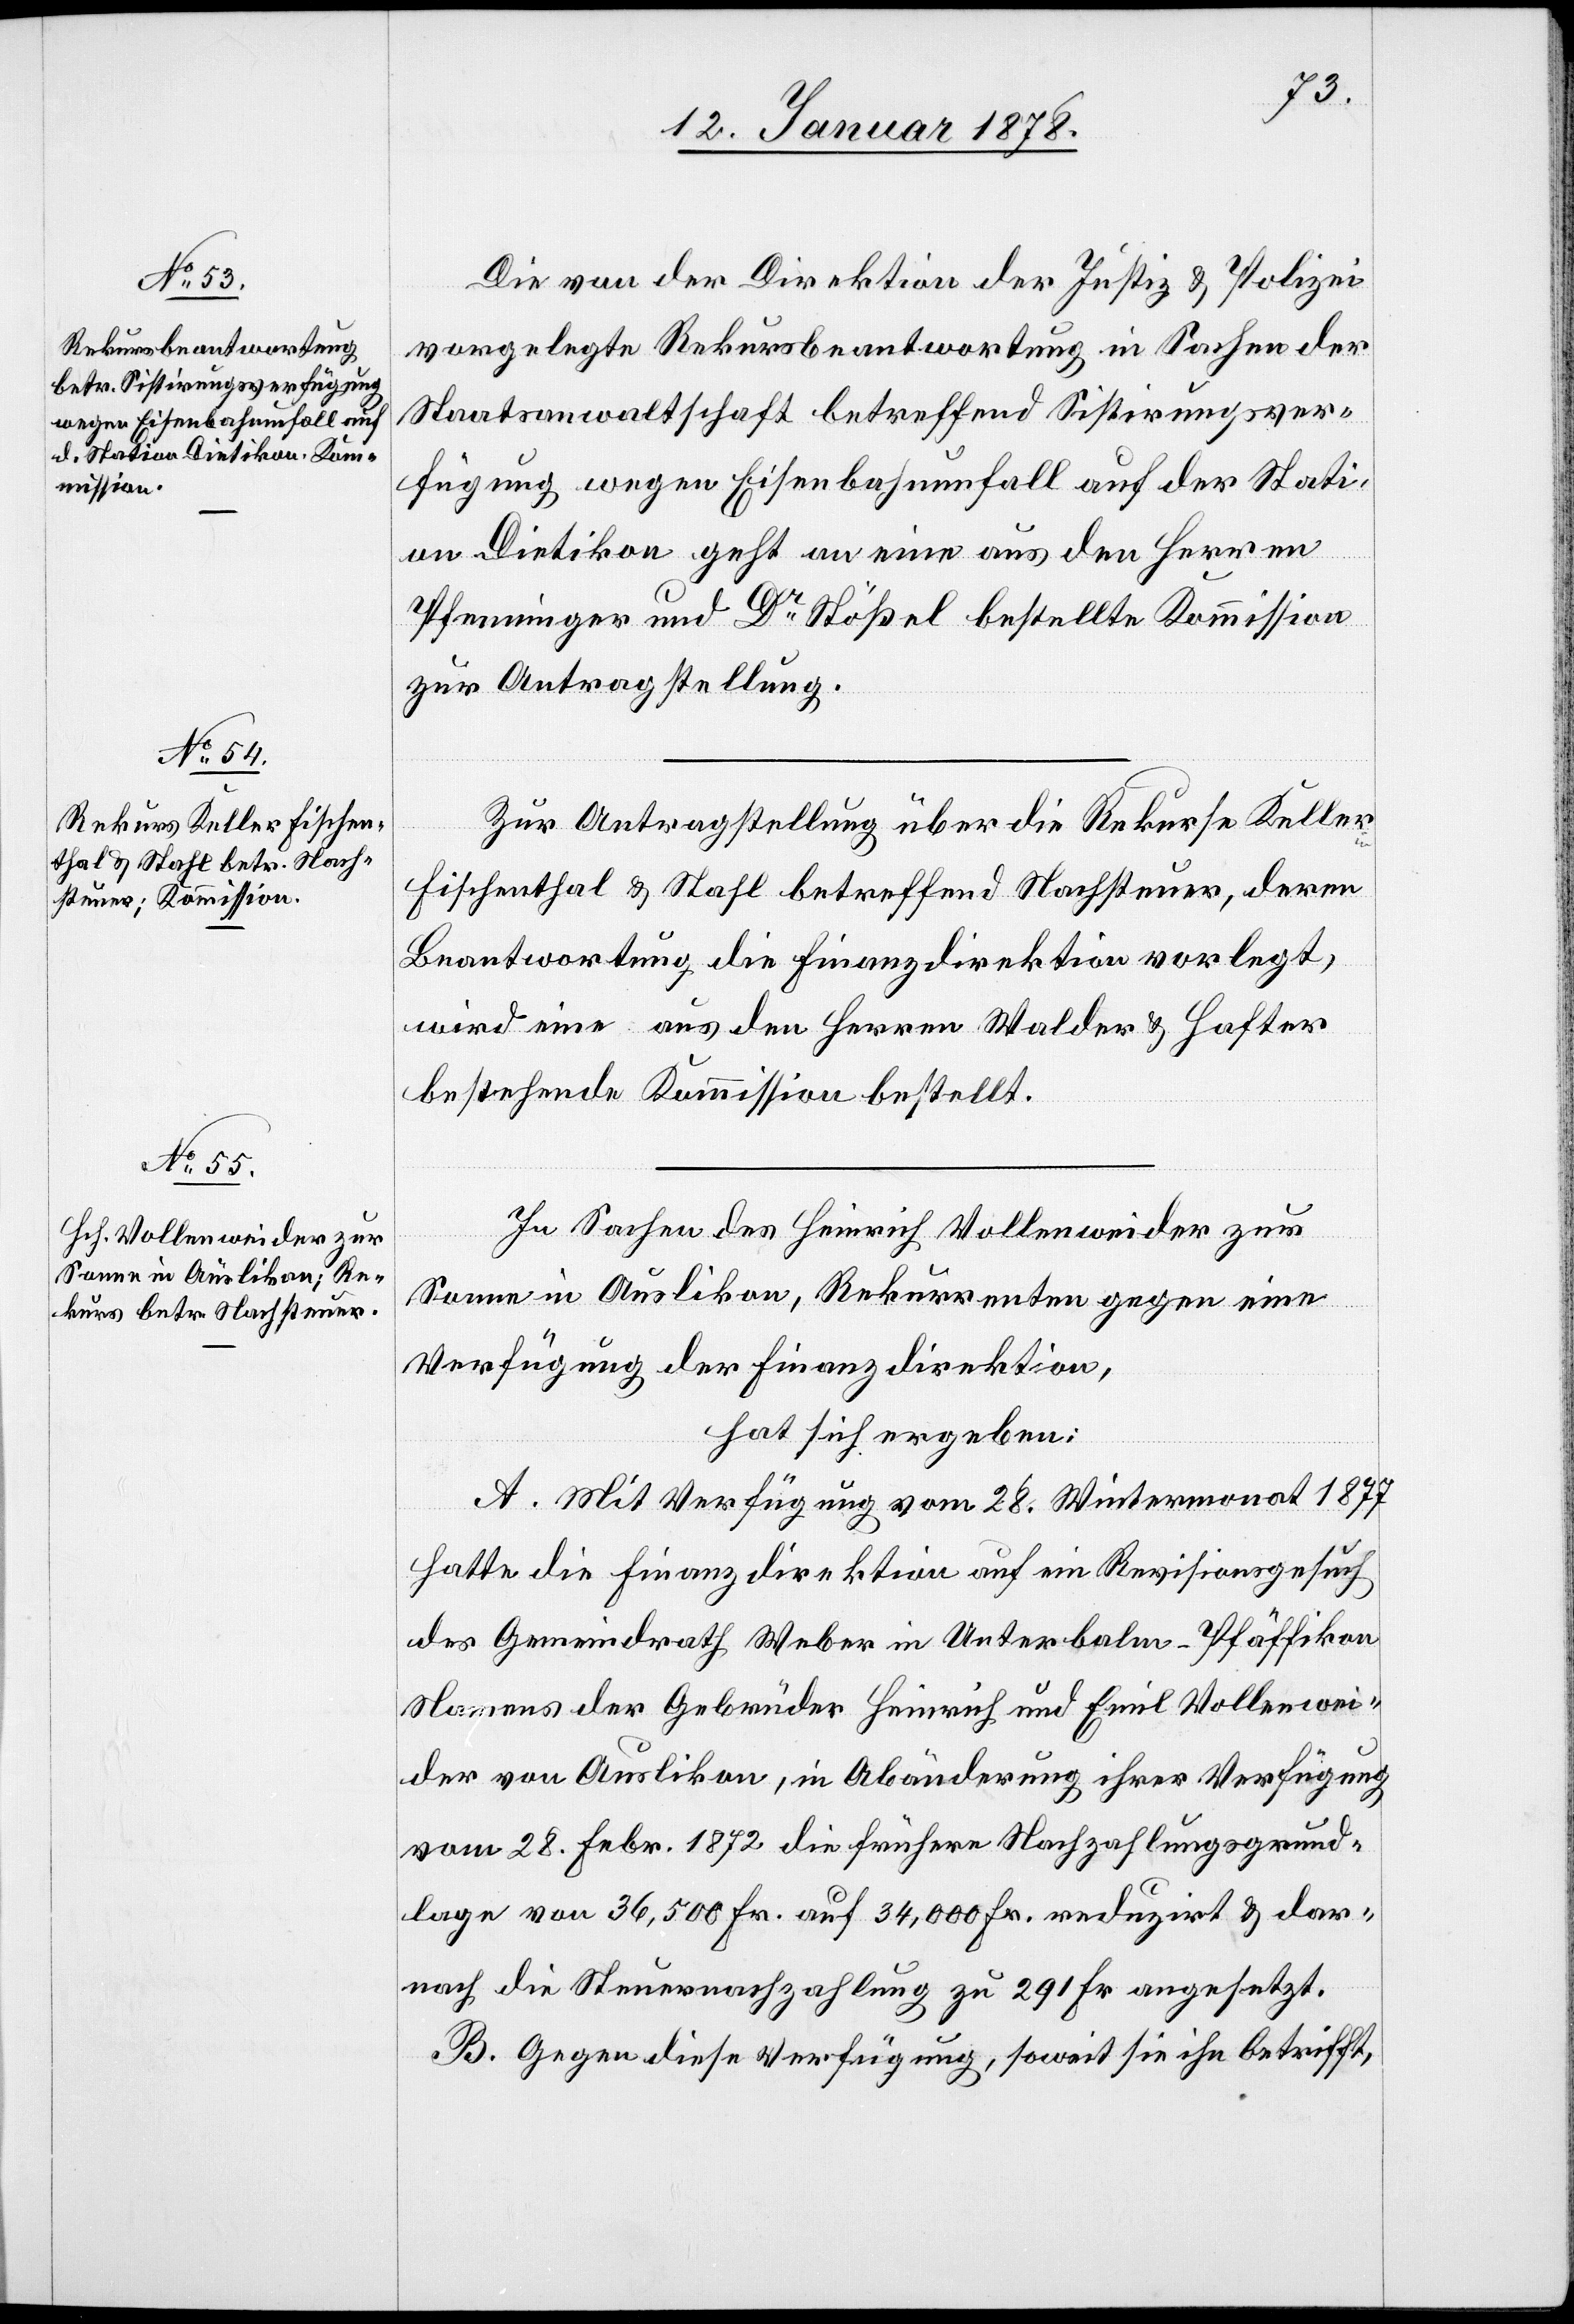
Die von der Direktion der Justiz & Polizei
vorgelegte Rekursbeantwortung in Sachen der
Staatsanwaltschaft betreffend Sistirungsver¬
fügung wegen Eisenbahnunfall auf der Stati¬
on Dietikon geht an eine aus den Herren
Pfenninger und Dr. Stähel bestellte Kommission
zur Antragstellung.
Zur Antragstellung über die Rekurse Keller
Fischenthal & Stahl betreffend Nachsteuer, deren
Beantwortung die Finanzdirektion vorlegt,
wird eine aus den Herren Walder & Hafter
bestehende Kommission bestellt.
In Sachen des Heinrich Vollenweider zur
Sonne in Auslikon, Rekurrenten gegen eine
Verfügung der Finanzdirektion,
hat sich ergeben:
A. Mit Verfügung vom 28. Wintermonat 1877
hatte die Finanzdirektion auf ein Revisionsgesuch
des Gemeindrath Weber in Unterbalm - Pfäffikon
Namens der Gebrüder Heinrich und Emil Vollenwei¬
der von Auslikon, in Abänderung ihrer Verfügung
vom 28. Febr. 1872 die frühere Nachzahlungsgrund¬
lage von 36,500 Fr. auf 34,000 Fr. reduzirt & dar¬
nach die Steuernachzahlung zu 291 Fr. angesetzt.
B. Gegen diese Verfügung, soweit sie ihn anbetrifft,